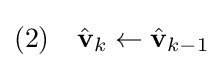
{\text{(2)}}\quad {\hat {\textbf {v}}}_{k}\leftarrow {\hat {\textbf {v}}}_{k-1}